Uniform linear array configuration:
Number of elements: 8
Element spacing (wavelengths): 0.75
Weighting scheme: hamming
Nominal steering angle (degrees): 30
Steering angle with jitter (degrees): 29.182
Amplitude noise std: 0.05
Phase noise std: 0.05

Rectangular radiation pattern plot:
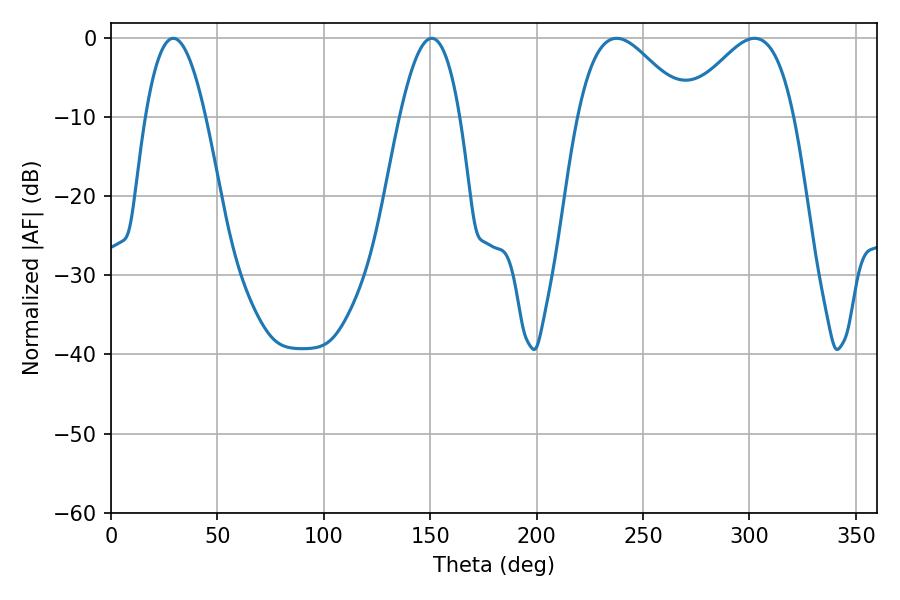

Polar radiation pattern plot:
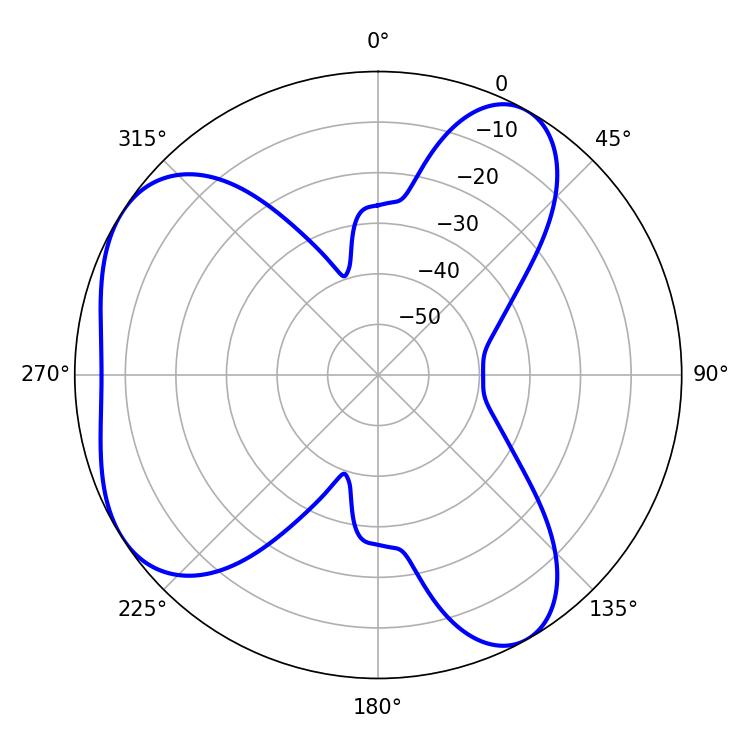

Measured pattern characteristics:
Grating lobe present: TRUE
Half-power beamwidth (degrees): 27.54
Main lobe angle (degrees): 237.6